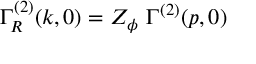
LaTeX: \Gamma _ { R } ^ { ( 2 ) } ( k , 0 ) = Z _ { \phi } ~ \Gamma ^ { ( 2 ) } ( p , 0 )